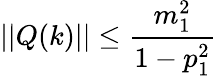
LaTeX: \lvert|Q(k)\rvert|\leq\frac{m_{1}^{2}}{1-p_{1}^{2}}